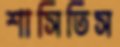
শাসিতিস